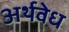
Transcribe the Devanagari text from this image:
अर्थवेध